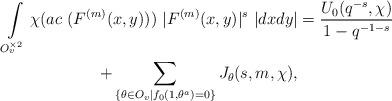
LaTeX: \begin{gather*}\int\limits_{O_v^{\times 2}}\chi(ac \ (F^{(m)}(x,y)))\ |F^{(m)}(x,y)|^s\ |dxdy|= \frac{U_0(q^{-s}, \chi)}{1-q^{-1-s}}\\+ \sum_{\{\theta \in O_v| f_0(1,\theta^a)= 0\}}J_\theta(s,m,\chi),\end{gather*}